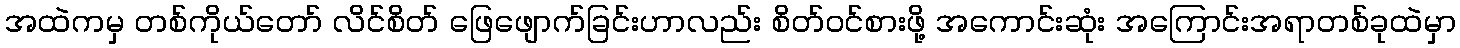
အထဲကမှ တစ်ကိုယ်တော် လိင်စိတ် ဖြေဖျောက်ခြင်းဟာလည်း စိတ်ဝင်စားဖို့ အကောင်းဆုံး အကြောင်းအရာတစ်ခုထဲမှာ